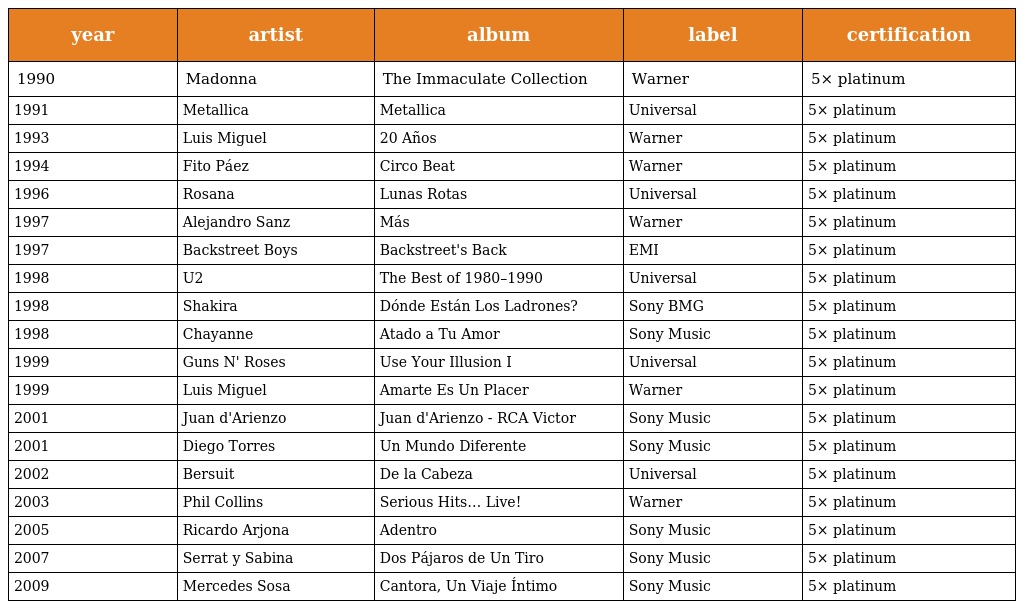
| year | artist | album | label | certification |
 | --- | --- | --- | --- | --- |
 | 1990 | Madonna | The Immaculate Collection | Warner | 5× platinum |
 | 1991 | Metallica | Metallica | Universal | 5× platinum |
 | 1993 | Luis Miguel | 20 Años | Warner | 5× platinum |
 | 1994 | Fito Páez | Circo Beat | Warner | 5× platinum |
 | 1996 | Rosana | Lunas Rotas | Universal | 5× platinum |
 | 1997 | Alejandro Sanz | Más | Warner | 5× platinum |
 | 1997 | Backstreet Boys | Backstreet's Back | EMI | 5× platinum |
 | 1998 | U2 | The Best of 1980–1990 | Universal | 5× platinum |
 | 1998 | Shakira | Dónde Están Los Ladrones? | Sony BMG | 5× platinum |
 | 1998 | Chayanne | Atado a Tu Amor | Sony Music | 5× platinum |
 | 1999 | Guns N' Roses | Use Your Illusion I | Universal | 5× platinum |
 | 1999 | Luis Miguel | Amarte Es Un Placer | Warner | 5× platinum |
 | 2001 | Juan d'Arienzo | Juan d'Arienzo - RCA Victor | Sony Music | 5× platinum |
 | 2001 | Diego Torres | Un Mundo Diferente | Sony Music | 5× platinum |
 | 2002 | Bersuit | De la Cabeza | Universal | 5× platinum |
 | 2003 | Phil Collins | Serious Hits… Live! | Warner | 5× platinum |
 | 2005 | Ricardo Arjona | Adentro | Sony Music | 5× platinum |
 | 2007 | Serrat y Sabina | Dos Pájaros de Un Tiro | Sony Music | 5× platinum |
 | 2009 | Mercedes Sosa | Cantora, Un Viaje Íntimo | Sony Music | 5× platinum |